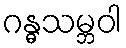
ဂန္ဓသမ္ဘဝါ